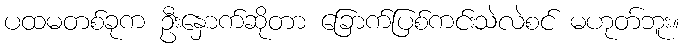
ပထမတစ်ခုက ဦးနှောက်ဆိုတာ ခြောက်ပြစ်ကင်းသဲလဲစင် မဟုတ်ဘူး။